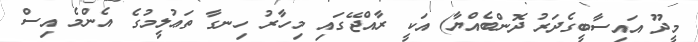
މީދޫ އައިސާބީގެދަރު ދޮންބެއްޔާ) އަކީ ރާއްޖޭގައި މިހާރު ހިނގާ ތަޢުލީމުގެ އެންމެ އިސް